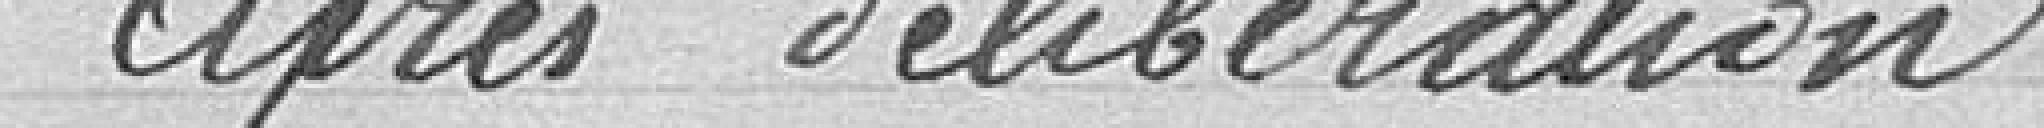
après délibération